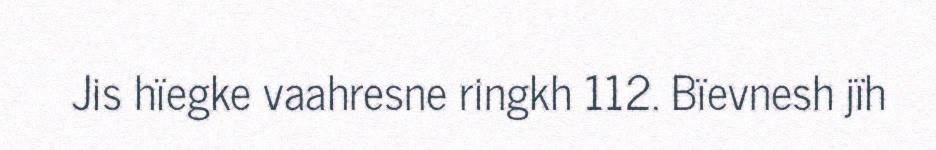
Jis hïegke vaahresne ringkh 112. Bïevnesh jïh